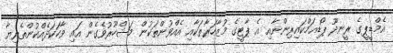
އެމްޑީޕީގެ ރީނދޫ ޕޯޑިއަމްކައިރިންނާއި އެ ޕާޓީގެ މުޒާހަރާތަކާއި އެއްވުންތަކުން މަޝްހޫރުވެގެން އައި ވާހަކަދެއްކުންތެރިޔާ